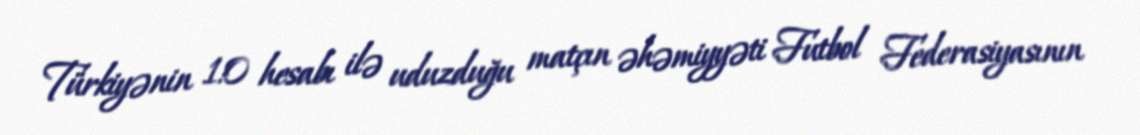
Türkiyənin 1:0 hesabı ilə uduzduğu matçın əhəmiyyəti Futbol Federasiyasının